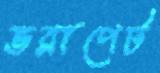
ভরাপেট